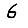
Digit: 6